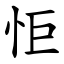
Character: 怇